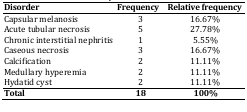
<table><thead><tr><td><b>Disorder</b></td><td><b>Frequency</b></td><td><b>Relative frequency</b></td></tr></thead><tbody><tr><td>Capsular melanosis</td><td>3</td><td>16.67%</td></tr><tr><td>Acute tubular necrosis</td><td>5</td><td>27.78%</td></tr><tr><td>Chronic interstitial nephritis</td><td>1</td><td>5.55%</td></tr><tr><td>Caseous necrosis</td><td>3</td><td>16.67%</td></tr><tr><td>Calcification</td><td>2</td><td>11.11%</td></tr><tr><td>Medullary hyperemia</td><td>2</td><td>11.11%</td></tr><tr><td>Hydatid cyst</td><td>2</td><td>11.11%</td></tr></tbody></table>